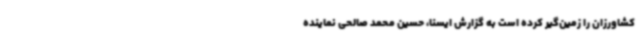
کشاورزان را زمین‌گیر کرده است به گزارش ایسنا، حسین محمد صالحی نماینده